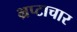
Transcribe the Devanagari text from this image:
भ्रप्टाचार